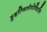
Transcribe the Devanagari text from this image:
हुइत्जिलोपोच्टिलि